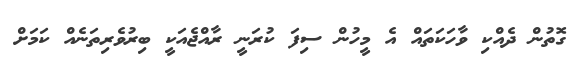
ގޮތުން ދެއްކި ވާހަކަތައް އެ މީހުން ސިފަ ކުރަނީ ރާއްޖެއަކީ ބިރުވެރިތަނެއް ކަމަށް